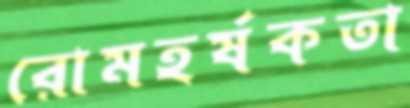
রোমহর্ষকতা